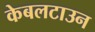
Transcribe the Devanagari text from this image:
केबलटाउन